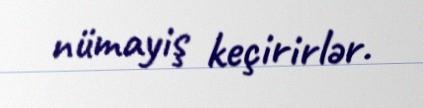
nümayiş keçirirlər.